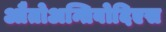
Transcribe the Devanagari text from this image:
औतोअन्तिबोदिएस